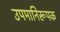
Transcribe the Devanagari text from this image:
उपमानिरूपक